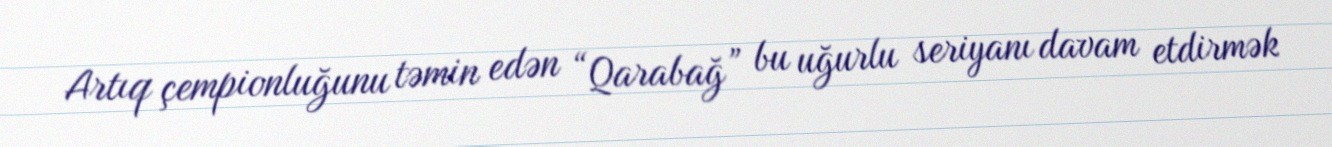
Artıq çempionluğunu təmin edən “Qarabağ” bu uğurlu seriyanı davam etdirmək